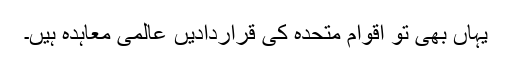
یہاں بھی تو اقوام متحدہ کی قراردادیں عالمی معاہدہ ہیں۔